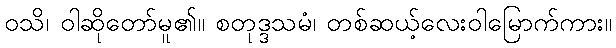
ဝသိ၊ ဝါဆိုတော်မူ၏။ စတုဒ္ဒသမံ၊ တစ်ဆယ့်လေးဝါမြောက်ကား။